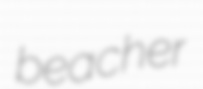
beacher